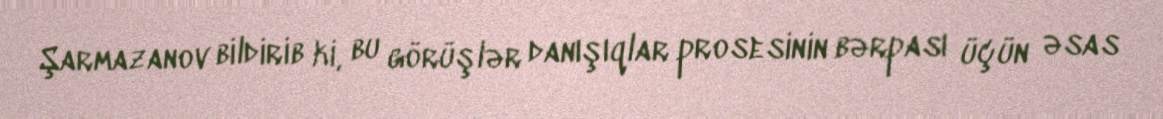
Şarmazanov bildirib ki, bu görüşlər danışıqlar prosesinin bərpası üçün əsas